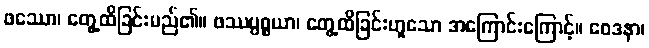
ဖဿော၊ တွေ့ထိခြင်းမည်၏။ ဖဿပ္ပစ္စယာ၊ တွေ့ထိခြင်းဟူသော အကြောင်းကြောင့်။ ဝေဒနာ၊